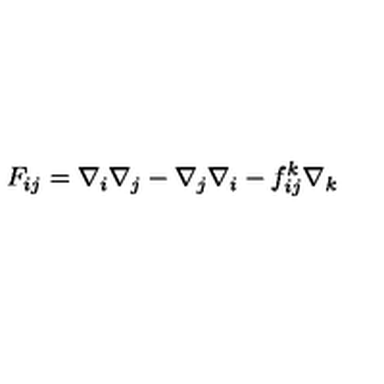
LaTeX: F _ { i j } = \nabla _ { i } \nabla _ { j } - \nabla _ { j } \nabla _ { i } - f _ { i j } ^ { k } \nabla _ { k }